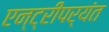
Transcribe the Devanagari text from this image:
एन्ट्रीपर्यंत